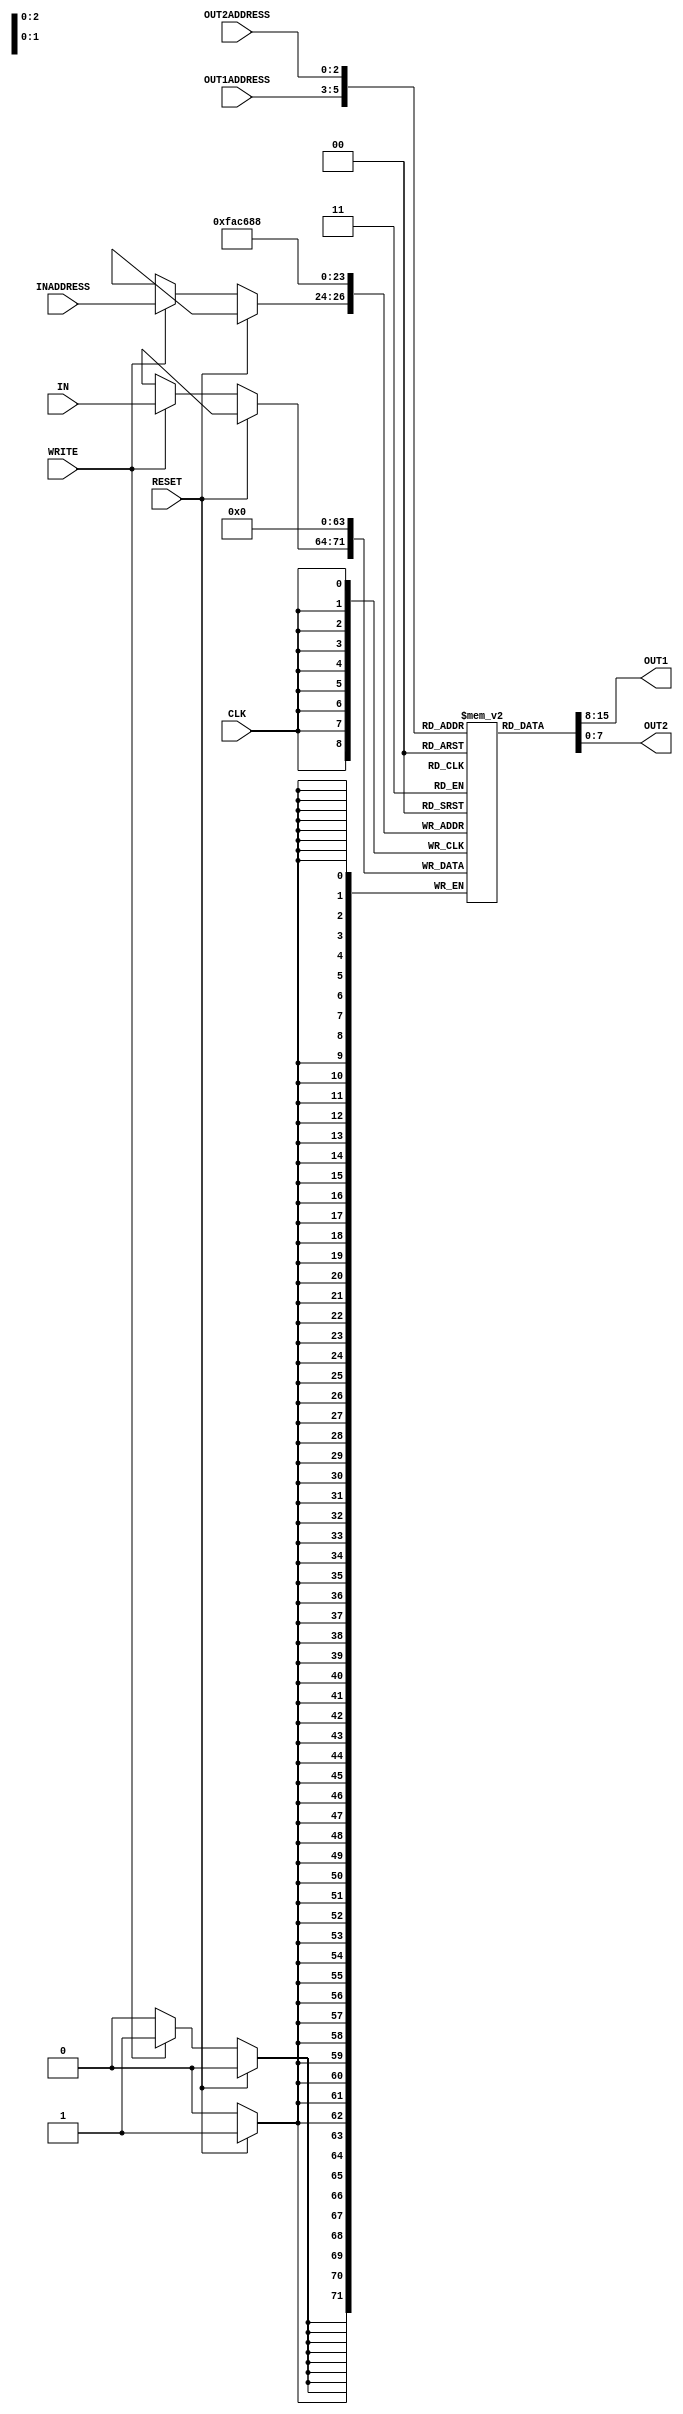
// Computer Architecture (CO224) - Lab 05 Part-2
// Design: Register File of Simple Processor
// Group: Group-49 
// Reg. No.: E/19/038 and E/19/256

module reg_file(IN,OUT1,OUT2,INADDRESS,OUT1ADDRESS,OUT2ADDRESS, WRITE, CLK, RESET);

	input[7:0] IN;                // Input data
    output [7:0] OUT1;            // Output data 1
    output [7:0] OUT2;            // Output data 2
    input[2:0] INADDRESS;         // Input address 
    input[2:0] OUT1ADDRESS;       // Output 1 address 
    input[2:0] OUT2ADDRESS;       // Output 2 address 
    input WRITE;                  // Write control signal
    input CLK;                    // Clock signal
    input RESET;                  // Reset control signal
	
    // Declaration of register file by using 8 element array of 8 bit registers
	reg [7:0] REGISTER [7:0];

	//Iterator variable used in for loop
	integer i;
	
	// These assign statements are executed asynchronously (data transmitted concurrently).
    // There are artificial delays of two time units for register reading.
	assign #2 OUT1 = REGISTER[OUT1ADDRESS];		// Assigning output 1 from register file
	assign #2 OUT2 = REGISTER[OUT2ADDRESS];		// Assigning output 2 from register file
	
	
	// This block is works in synchronous manner 
    // this is work during the rising edge of the clock pulse.
	always @ (posedge CLK)
	begin
		if (RESET == 1'b1)		//If the RESET signal is HIGH, registers must be cleared
		begin
		
			#1 // Artificial delay of one time unit for resetting
            for (i = 0; i < 8; i = i + 1)			//For loop to iterate over all 8 register addresses after 1 time unit delay
			begin
				REGISTER[i] = 8'b00000000;		//Setting each element of the REGISTER array to 0
			end
			
		end
		else if (WRITE == 1'b1)			// The else condition handles data transfer when WRITE is high.
                                        // It transfers data from the input IN to the register specified by the address INADDRESS.
		begin
			#1 // Artificial delays of one time units for register writing
            REGISTER[INADDRESS] = IN;		//Assigns the input value IN to relevant register address 
		end
	end
	
	initial begin
			$monitor($time, "\t%d\t%d", OUT1,OUT2);
		end
	

endmodule